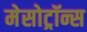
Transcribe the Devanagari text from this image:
मेसोट्रॉन्स